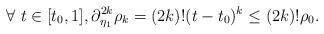
LaTeX: \begin{align*}\forall\ t\in[t_0,1], \partial_{\eta_1}^{2k} \rho_k=(2k)! (t-t_0)^k\leq (2k)! \rho_{0}.\end{align*}